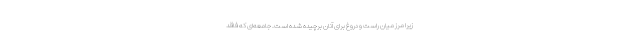
زیرا مرز میان راست و دروغ برای آنان برچیده شده است. جامعه‌ای که فاقد